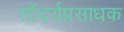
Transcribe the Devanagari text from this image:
सौंदर्यप्रसाधक